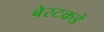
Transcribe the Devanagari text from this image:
बेस्टकडे